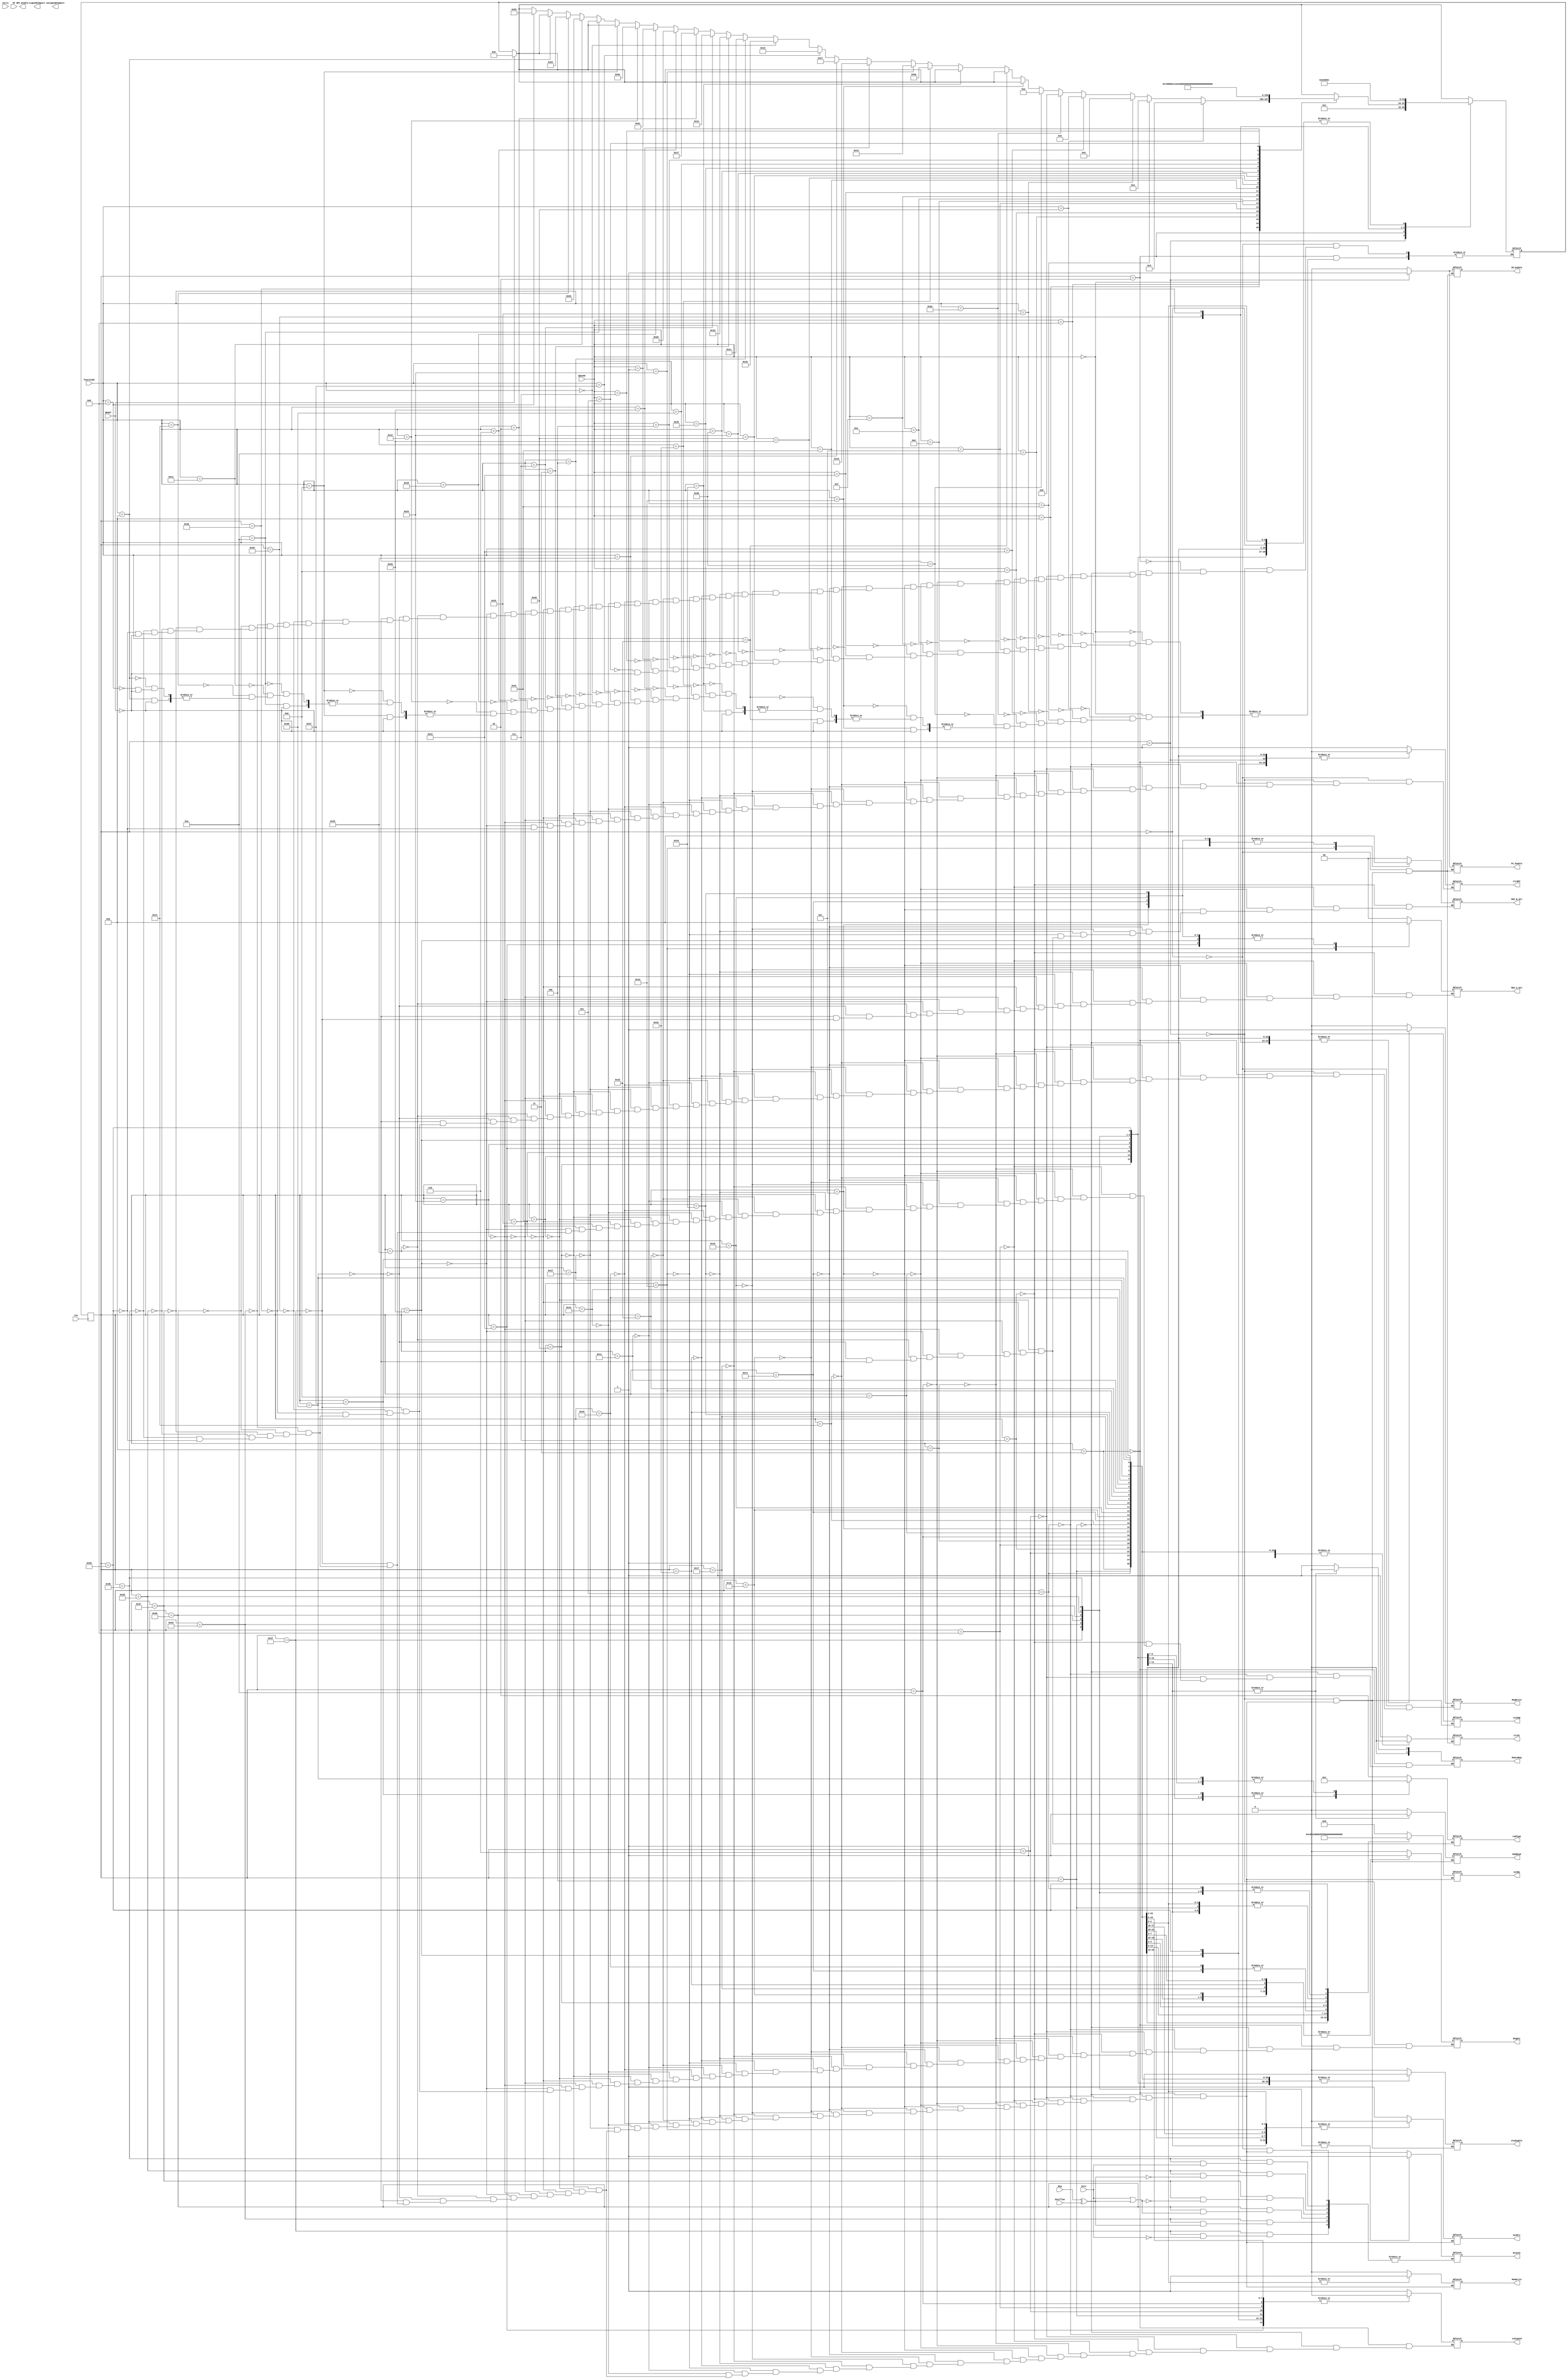
module controlUnit(
	// Control Signals
	// Enables 
	output reg IR_Enable, output reg PC_Enable, output reg NPC_Enable,
	// Clear Signals
	output reg  ClrPC, output reg ClrNPC,
	// Control Signals
	output reg Branch, output reg RegDst, output reg RegWrite, 
	output reg MemRead, output reg [1:0] MemtoReg, output reg [4:0] ALUOp,
	output reg MemWrite, output reg ALUSrc, 
	output reg [1:0] MUX_A_Sel, output reg [1:0] MUX_B_Sel, 
	output reg isSigned, output reg [2:0] signedCompare, output reg [2:0] unsignedCompare,
	output reg isJump, output reg [1:0] ramType,
	// Flags
	input Zero, input Neg, input Carry, input Overflow, //aadir select Hi y Lo

	//input
	input [5:0] OpCode, input [5:0] functCode, input RESET, input Clk, output reg AluEnable, input [4:0] RT 
	);
	
	reg [7:0] nextState, state;
	
	always @(posedge Clk) begin
		
		// if(RESET) begin
		// $display("state = RESET");
		// 	nextState = 8'b00000000; 
		// 	end
		//$display("PosEdge Clk changed \n");
		//$display ("Clk: %d   state: %d   nextState: %d", Clk, state, nextState);
		state = nextState; 
			
	end

	
	always @ (state, RESET) // based on state, generate signals
		begin
		// $display ("Clk: %d   state: %d   nextState: %d reset: %d", Clk, state, nextState, RESET);
		// $display("OpCode: %b   functCode: %b", OpCode, functCode);	
			if(RESET) begin
			//$display("state = RESET");
			nextState = 8'b00000000; 
			end
			//$display("Entered state selection");
			//$display("Opcode: %b 		Function code: %b        state = %b", OpCode, functCode,state);
			case (state)
				8'd0: begin // RESET state
				 $display("Entered RESET state \n");
				 	Branch = 0;
					RegWrite = 0;
					ClrNPC = 1;
					ClrPC = 1;
					IR_Enable = 0;
					PC_Enable = 0; // si NPC cambia a 0, PC se deberia prender
					 nextState = 8'd1;
					
					
				end
				8'd1: begin // FETCH state
				$display("\nEntered FETCH state");
				//$display("OpCode: %b   functCode: %b", OpCode, functCode);	
					//Branch = 0;
					AluEnable = 0;
					RegWrite = 0;
					MemRead = 0;
					RegDst = 0;
					ClrNPC = 0;
					ClrPC = 0;
					
					IR_Enable = 1;
					PC_Enable = 1; 
					isJump = 0;
					//ClrPC = 0;
					//Branch = 0;
					nextState = 8'd2; 
				end
				8'd2: begin // decode state
				//$display("Entered DECODE state");
					//IR_Enable = 1;
					//$display("OpCode inside DECODE: %b", OpCode);
					case (OpCode)
			6'b000000: begin // arithmetical or special 
					if (functCode == 6'b100000) begin //add
						nextState <= 8'd3;
					end
					else if(functCode == 6'b100001) begin // addu
						nextState <= 8'd4;
					end
					else if (functCode == 6'b100010) begin // sub
						nextState <= 8'd5;
					end
					else if (functCode ==  6'b100011) begin // subu
						nextState <= 8'd6;
					end
					else if (functCode ==  6'b101010) begin // SLT
						nextState <= 8'd9;
					end
					else if (functCode == 6'b101011) begin // SLTU
						nextState <= 8'd10;
					end
					else if (functCode == 6'b011010) begin // div
					
					end
					else if (functCode == 6'b011011) begin // divu
					
					end
					else if (functCode == 6'b011000) begin // mult
					
					end
					else if (functCode == 6'b011001) begin // multu
						nextState <= 8'd80; // test 2
					
					end
					else if (functCode == 6'b100100) begin // and
						nextState <= 8'd19;
					end
					else if (functCode == 6'b100101) begin // or
						nextState <= 8'd21;
					end
					else if (functCode == 6'b100110) begin // xor
						nextState <= 8'd23;
					end
					else if (functCode == 6'b100111) begin // nor
						nextState <= 8'd25;
					end
					else if (functCode == 6'b000000) begin // sll
						nextState <= 8'd27;
					end
					else if (functCode == 6'b000100) begin // sllv
						nextState <= 8'd28;
					end
					else if (functCode == 6'b000011) begin // sra
						nextState <= 8'd29;
					end
					else if (functCode == 6'b000111) begin // srav
						nextState <= 8'd30;
					end
					else if ( functCode == 6'b000010) begin // srl
						nextState <= 8'd31;
					end
					else if ( functCode == 6'b000110) begin // srlv
						nextState <= 8'd32;
					end
					else if (functCode == 6'b010000) begin // MFhi
						nextState <= 8'd81; // test 2
					end
					else if (functCode == 6'b010010) begin // mflo
						nextState <= 8'd82; //test 2
					end
					else if (functCode == 6'b001011) begin // movn
					
					end
					else if (functCode == 6'b001010) begin // movz
					
					end
					else if (functCode == 6'b010001) begin // mthi
						nextState <= 8'd83; //mthi
					end
					else if (functCode == 6'b010011) begin // mtlo
						nextState <= 8'd84; //test 2
					end
					else if (functCode == 6'b001001) begin // jalr
					
					end
					else if (functCode == 6'b001000) begin // jr
						nextState <= 8'd85; //test2
					end
					
				end
			6'b001000: begin //addi
				//$display("Defined Next State: 7 ADDI");
				nextState <= 8'd7;
			end
			6'b001001: begin //addiu
				nextState <= 8'd8;
			end
			6'b001010: begin //slti
				nextState <= 8'd11;
			end
			6'b001011: begin //sltiu
				nextState <= 8'd12;
			end
			6'b011100: begin //CLO or CLZ
				
					if (functCode == 6'b100000) begin //CLZ
					end
					else if (functCode == 6'b100001) begin //CLO
					end
					else $display ("Illegal operation detected.");
				
			end
			6'b001100: begin //andi
				nextState <= 8'd20;
			end
			6'b001101: begin //ori
				nextState <= 8'd22;
			end
			6'b001110: begin //xori
				nextState <= 8'd24;
			end
			6'b001111: begin //lui
				nextState <= 8'd26;
			end
			6'b100011: begin //LW
				nextState <= 8'd33;
			end
			6'b100001: begin //LH
				nextState <= 8'd34;
			end
			6'b100101: begin //LHU
				nextState <= 8'd35;
			end
			6'b100000: begin //LB
				nextState <= 8'd36;
			end
			6'b100100: begin //LBU
				nextState <= 8'd37;
			end
			6'b101011: begin //SW
				nextState <= 8'd38;
			end
			6'b101001: begin //SH
				nextState <= 8'd39;
			end
			6'b101000: begin //SB
				nextState <= 8'd40;
			end
			6'b000100: begin // BEQ
				nextState <= 8'd47;
				//$display("BEQ State");
			end
			6'b000001: begin // BAL
				nextState <= 8'd48;
			end
			6'b000001: begin // BGEZ or BGEZAL or BLTZ or BLTZAL
				if(RT == 5'b00001) begin
					nextState <= 8'd51; //BGEZ
				end
				else if (RT == 5'b10001) begin
					nextState <= 8'd57; // BGEZAL
				end
				else if (RT == 5'b00000) begin // BLTZ
					nextState <= 8'd56;
				end
				else if (RT == 5'b10000) begin // BLTZAL
					nextState <= 8'd58;
				end
				else begin
					$display("Illegal operation selected: Bye");
					nextState <= 8'd0;
				end
			end
			6'b000111: begin //BGTZ
				nextState <= 8'd54;
				//$display("BGTZ state");
			end
			6'b000100: begin //BLEZ 
				nextState <= 8'd55;
			end
			6'b000101: begin // BNE
				nextState <= 8'd59;
			end
	endcase	
				end
				8'd3: begin // add state
				$display ("ADD State");
					Branch = 0;
					RegDst = 1;
					RegWrite = 1;
					ClrNPC = 0;
					MemRead = 0;
					MemtoReg = 2'd1;
					ALUOp = 5'd0;
					MemWrite = 0;
					ALUSrc = 1;
				//	MUX_A_Sel = 2'd1;
					IR_Enable = 0;
					isSigned = 1;
					AluEnable =  1;
					PC_Enable = 0; 
					isJump = 0;
					ClrPC = 0;

					if(Overflow) begin
						$display ("Overflow detected: It's a TRAP!");

					end
					
					nextState = 8'd1; 
								
				end
				8'd4: begin // addu state
				$display ("ADDU State");
					Branch = 0;
					RegDst = 1;
					RegWrite = 1;
					ClrNPC = 0;
					MemRead = 0;
					MemtoReg = 2'd1;
					ALUOp = 5'd1;
					MemWrite = 0;
					ALUSrc = 1;
				//	MUX_A_Sel = 2'd1;
					IR_Enable = 0;
					isSigned = 0;
					AluEnable =  1;
					PC_Enable = 0; 
					isJump = 0;
					ClrPC = 0;
					
					nextState = 8'd1; 
								
				end
				8'd5: begin // sub state
					Branch = 0;
					RegDst = 1;
					RegWrite = 1;
					ClrNPC = 0;
					MemRead = 0;
					MemtoReg = 2'd1;
					ALUOp = 5'd2;
					MemWrite = 0;
					ALUSrc = 1;
				//	MUX_A_Sel = 2'd1;
					IR_Enable = 0;
					isSigned = 1;
					AluEnable =  1;
					PC_Enable = 0; 
					isJump = 0;
					ClrPC = 0;
					
					nextState = 8'd1; 
								
				end
				8'd6: begin // subu state
					Branch = 0;
					RegDst = 1;
					RegWrite = 1;
					ClrNPC = 0;
					MemRead = 0;
					MemtoReg = 2'd1;
					ALUOp = 5'd3;
					MemWrite = 0;
					ALUSrc = 1;
				//	MUX_A_Sel = 2'd1;
					IR_Enable = 0;
					isSigned = 0;
					AluEnable =  1;
					PC_Enable = 0; 
					isJump = 0;
					ClrPC = 0;
					
					nextState = 8'd1; 
								
				end
				8'd7: begin // addi state
				 	$display ("ADDI State");
					Branch = 0;
					RegDst = 0;
					RegWrite = 1;
					ClrNPC = 0;
					MemRead = 0;
					MemtoReg = 2'd1;
					ALUOp = 5'd4;
					MemWrite = 0;
					ALUSrc = 0;
					MUX_A_Sel = 2'd0;
					MUX_B_Sel = 2'd0;
					IR_Enable = 0;
					isSigned = 1;
					
					AluEnable = #1 1;
					
					PC_Enable = 0; 
					isJump = 0;
					ClrPC = 0;
					//$display("Branch = %d  RegDst = %d   RegWrite = %d ClrNPC = %d", Branch, RegDst, RegWrite, ClrNPC);
					//$display("MemRead = %d MemtoReg = %d   ALUOp = %d   MemWrite = %d", MemRead, MemtoReg, ALUOp, MemWrite);
					//$display("ALUSrc = %d  MUX_A_Sel = %d   IR_Enable = %d  isSigned = %d", ALUSrc, MUX_A_Sel, IR_Enable, isSigned);
					//$display("PC_Enable = %d  isJump = %d   ClrPC = %d", PC_Enable, isJump, ClrPC);
					nextState = 8'd1; 
					$display("nextState = %d", nextState);
								
				end
				8'd8: begin // addiu state
					$display("ADDIU State");
					Branch = 0;
					RegDst = 0;
					
					ClrNPC = 0;
					MemRead = 0;
					MemtoReg = 2'd1;
					ALUOp = 5'd5;
					MemWrite = 0;
					ALUSrc = 0;
					MUX_A_Sel = 2'd0;
					MUX_B_Sel = 2'd1;
					IR_Enable = 0;
					isSigned = 0;
					AluEnable = #1 1;
					PC_Enable = 0; 
					isJump = 0;
					ClrPC = 0;
					RegWrite = 1;
					nextState = 8'd1; 
								
				end
				8'd9: begin // slt state
					Branch = 0;
					RegDst = 1;
					RegWrite = 1;
					ClrNPC = 0;
					MemRead = 0;
					MemtoReg = 2'd1;
					ALUOp = 5'd6;
					MemWrite = 0;
					ALUSrc = 1;
					//MUX_A_Sel = 2'd1; Dont cares
					//MUX_B_Sel = 2'd1; Dont cares
					IR_Enable = 0;
					isSigned = 1;
					AluEnable =  1;
					PC_Enable = 0; 
					isJump = 0;
					ClrPC = 0;
					
					nextState = 8'd1; 
								
				end
				8'd10: begin // sltu state
					Branch = 0;
					RegDst = 1;
					RegWrite = 1;
					ClrNPC = 0;
					MemRead = 0;
					MemtoReg = 2'd1;
					ALUOp = 5'd7; // hay q aadir aluop de esto al ALU 
					MemWrite = 0;
					ALUSrc = 1;
					//MUX_A_Sel = 2'd1; Dont cares
					//MUX_B_Sel = 2'd1; Dont cares
					IR_Enable = 0;
					isSigned = 0;
					AluEnable =  1;
					PC_Enable = 0; 
					isJump = 0;
					ClrPC = 0;
					
					nextState = 8'd1; 
								
				end
				8'd11: begin // slti state
					Branch = 0;
					RegDst = 1;
					RegWrite = 1;
					ClrNPC = 0;
					MemRead = 0;
					MemtoReg = 2'd1;
					ALUOp = 5'd8; // hay q aadir aluop de esto al ALU 
					MemWrite = 0;
					ALUSrc = 0;
					MUX_A_Sel = 2'd0; 
					MUX_B_Sel = 2'd0; 
					IR_Enable = 0;
					isSigned = 1;
					AluEnable = #1 1;
					PC_Enable = 0; 
					isJump = 0;
					ClrPC = 0;
					
					nextState = 8'd1; 
								
				end
				8'd12: begin // sltiu state
					Branch = 0;
					RegDst = 1;
					RegWrite = 1;
					ClrNPC = 0;
					MemRead = 0;
					MemtoReg = 2'd1;
					ALUOp = 5'd9; // hay q aadir aluop de esto al ALU 
					MemWrite = 0;
					ALUSrc = 0;
					MUX_A_Sel = 2'd1; 
					MUX_B_Sel = 2'd1; 
					IR_Enable = 0;
					isSigned = 0;
					AluEnable = #1 1;
					PC_Enable = 0; 
					isJump = 0;
					ClrPC = 0;
					
					nextState = 8'd1; 
								
				end

				8'd19: begin // and state
				 $display("Entered AND state");
					Branch = 0;
					RegDst = 1;
					RegWrite = 1;
					ClrNPC = 0;
					MemRead = 0;
					MemtoReg = 2'd1;
					ALUOp = 5'd12;
					MemWrite = 0;
					ALUSrc = 1;
				
					IR_Enable = 0;
					isSigned = 0;
					AluEnable =  1;
					PC_Enable = 0; 
					isJump = 0;
					ClrPC = 0;
					//$display("Branch = %d  RegDst = %d   RegWrite = %d ClrNPC = %d", Branch, RegDst, RegWrite, ClrNPC);
					//$display("MemRead = %d MemtoReg = %d   ALUOp = %d   MemWrite = %d", MemRead, MemtoReg, ALUOp, MemWrite);
					//$display("ALUSrc = %d    IR_Enable = %d  isSigned = %d", ALUSrc,IR_Enable, isSigned);
					//$display("PC_Enable = %d  isJump = %d   ClrPC = %d", PC_Enable, isJump, ClrPC);
					nextState = 8'd1; 
					$display("nextState = %d", nextState);
				end
				8'd20: begin // andi state
					Branch = 0;
					RegDst = 0;
					RegWrite = 1;
					ClrNPC = 0;
					MemRead = 0;
					MemtoReg = 2'd1;
					ALUOp = 5'd13;
					MemWrite = 0;
					ALUSrc = 1;
					MUX_A_Sel = 2'd1; 
					MUX_B_Sel = 2'd1;
					IR_Enable = 0;
					isSigned = 0;
					AluEnable = #1  1;
					PC_Enable = 0; 
					isJump = 0;
					ClrPC = 0;
					
					nextState = 8'd1;
				end
				8'd21: begin // or state
				 #1 $display("Entered OR state");
					Branch = 0;
					RegDst = 1;
					RegWrite = 1;
					ClrNPC = 0;
					MemRead = 0;
					MemtoReg = 2'd1;
					ALUOp = 5'd14;
					MemWrite = 0;
					ALUSrc = 1;
				    //AluEnable =  1;
					IR_Enable = 0;
					isSigned = 0;
					AluEnable =  1;
					PC_Enable = 0; 
					isJump = 0;
					ClrPC = 0;
					// $display("Branch = %d  RegDst = %d   RegWrite = %d ClrNPC = %d", Branch, RegDst, RegWrite, ClrNPC);
					// $display("MemRead = %d MemtoReg = %d   ALUOp = %d   MemWrite = %d", MemRead, MemtoReg, ALUOp, MemWrite);
					// $display("ALUSrc = %d    IR_Enable = %d  isSigned = %d", ALUSrc,IR_Enable, isSigned);
					// $display("PC_Enable = %d  isJump = %d   ClrPC = %d", PC_Enable, isJump, ClrPC);
					nextState = 8'd1; 
					$display("nextState = %d", nextState);
				end
				8'd22: begin // ori state
					Branch = 0;
					RegDst = 0;
					RegWrite = 1;
					ClrNPC = 0;
					MemRead = 0;
					MemtoReg = 2'd1;
					ALUOp = 5'd15;
					MemWrite = 0;
					ALUSrc = 1;
					MUX_A_Sel = 2'd1; 
					MUX_B_Sel = 2'd1;
					IR_Enable = 0;
					isSigned = 0;
					AluEnable = #1 1;
					PC_Enable = 0; 
					isJump = 0;
					ClrPC = 0;
					
					nextState = 8'd1;
				end
				8'd23: begin // xor state
					Branch = 0;
					RegDst = 1;
					RegWrite = 1;
					ClrNPC = 0;
					MemRead = 0;
					MemtoReg = 2'd1;
					ALUOp = 5'd16;
					MemWrite = 0;
					ALUSrc = 1;
				
					IR_Enable = 0;
					isSigned = 0;
					AluEnable =  1;
					PC_Enable = 0; 
					isJump = 0;
					ClrPC = 0;
					
					nextState = 8'd1;
				end
				8'd24: begin // xori state
					Branch = 0;
					RegDst = 0;
					RegWrite = 1;
					ClrNPC = 0;
					MemRead = 0;
					MemtoReg = 2'd1;
					ALUOp = 5'd17;
					MemWrite = 0;
					ALUSrc = 1;
					MUX_A_Sel = 2'd1; 
					MUX_B_Sel = 2'd1;
					IR_Enable = 0;
					isSigned = 0;
					AluEnable = #1  1;
					PC_Enable = 0; 
					isJump = 0;
					ClrPC = 0;
					
					nextState = 8'd1;
				end
				8'd25: begin // nor state
					Branch = 0;
					RegDst = 1;
					RegWrite = 1;
					ClrNPC = 0;
					MemRead = 0;
					MemtoReg = 2'd1;
					ALUOp = 5'd18;
					MemWrite = 0;
					ALUSrc = 1;
				
					IR_Enable = 0;
					isSigned = 0;
					AluEnable =  1;
					PC_Enable = 0; 
					isJump = 0;
					ClrPC = 0;
					
					nextState = 8'd1;
				end
				8'd26: begin // lui state
					Branch = 0;
					RegDst = 0;
					RegWrite = 1;
					ClrNPC = 0;
					MemRead = 0;
					MemtoReg = 2'd1;
					ALUOp = 5'd19;
					MemWrite = 0;
					ALUSrc = 0;
					MUX_A_Sel = 2'd2; 
					MUX_B_Sel = 2'd2;
					IR_Enable = 0;
					isSigned = 1;
					AluEnable =  #1 1;
					PC_Enable = 0; 
					isJump = 0;
					ClrPC = 0;
					
					nextState = 8'd1;
				end
				8'd27: begin // sll state
					$display("SLL State");
					Branch = 0;
					RegDst = 1;
					RegWrite = 1;
					ClrNPC = 0;
					MemRead = 0;
					MemtoReg = 2'd1;
					ALUOp = 5'd20;
					MemWrite <= 0;
					ALUSrc = 1;
				
					IR_Enable = 0;
					//isSigned = 0; don't care, I think
					AluEnable =  1;
					PC_Enable = 0; 
					isJump = 0;
					ClrPC = 0;
					
					nextState = 8'd1;
				end
				8'd28: begin // sllv state
					Branch = 0;
					RegDst = 1;
					RegWrite = 1;
					ClrNPC = 0;
					MemRead = 0;
					MemtoReg = 2'd1;
					ALUOp = 5'd21;
					MemWrite = 0;
					ALUSrc = 1;
				
					IR_Enable = 0;
					isSigned = 1; 
					AluEnable =  1;
					PC_Enable = 0; 
					isJump = 0;
					ClrPC = 0;
					
					nextState = 8'd1;
				end
				8'd29: begin // sra state
					Branch = 0;
					RegDst = 1;
					RegWrite = 1;
					ClrNPC = 0;
					MemRead = 0;
					MemtoReg = 2'd1;
					ALUOp = 5'd13;
					MemWrite = 0;
					ALUSrc = 1;
				
					IR_Enable = 0;
					//isSigned = 1; 
					AluEnable =  1;
					PC_Enable = 0; 
					isJump = 0;
					ClrPC = 0;
					
					nextState = 8'd1;
				end
				8'd30: begin // srav state
					Branch = 0;
					RegDst = 1;
					RegWrite = 1;
					ClrNPC = 0;
					MemRead = 0;
					MemtoReg = 2'd1;
					ALUOp = 5'd22;
					MemWrite = 0;
					ALUSrc = 1;
				
					IR_Enable = 0;
					isSigned = 1; 
					AluEnable =  1;
					PC_Enable = 0; 
					isJump = 0;
					ClrPC = 0;
					
					nextState = 8'd1;
				end
				8'd31: begin // srl state
					Branch = 0;
					RegDst = 1;
					RegWrite = 1;
					ClrNPC = 0;
					MemRead = 0;
					MemtoReg = 2'd1;
					ALUOp = 5'd24;
					MemWrite = 0;
					ALUSrc = 1;
				
					IR_Enable = 0;
					//isSigned = 1; 
					AluEnable =  1;
					PC_Enable = 0; 
					isJump = 0;
					ClrPC = 0;
					
					nextState = 8'd1;
				end
				8'd32: begin // srlv state
					Branch = 0;
					RegDst = 1;
					RegWrite = 1;
					ClrNPC = 0;
					MemRead = 0;
					MemtoReg = 2'd1;
					ALUOp = 5'd25;
					MemWrite = 0;
					ALUSrc = 1;
				
					IR_Enable = 0;
					isSigned = 1; 
					AluEnable =  1;
					PC_Enable = 0; 
					isJump = 0;
					ClrPC = 0;
					
					nextState = 8'd1;
				end
				8'd33: begin  // LW state
					Branch = 0;
					RegDst = 1;
					RegWrite = 1;
					ClrNPC = 0;
					MemRead = 1;
					MemtoReg = 2'd0;
					ALUOp = 5'd1;
					MemWrite = 0;
					ALUSrc = 0;
					MUX_A_Sel = 2'd0;
					MUX_B_Sel = 2'd0;
					IR_Enable = 0;
					isSigned = 1; 
					AluEnable = #1 1;
					PC_Enable = 0;
					isJump = 0;
					ClrPC = 0;
					ramType = 2'd2;
					nextState = 8'd1;
				end
				8'd34: begin  // LH state
					Branch = 0;
					RegDst = 1;
					RegWrite = 1;
					ClrNPC = 0;
					MemRead = 1;
					MemtoReg = 2'd0;
					ALUOp = 5'd1;
					MemWrite = 0;
					ALUSrc = 0;
					MUX_A_Sel = 2'd0;
					MUX_B_Sel = 2'd0;
					IR_Enable = 0;
					isSigned = 1; 
					AluEnable = #1 1;
					PC_Enable = 0;
					isJump = 0;
					ClrPC = 0;
					ramType = 2'd1;
					nextState = 8'd1;
				end
				8'd35: begin  // LHU state
					Branch = 0;
					RegDst = 1;
					RegWrite = 1;
					ClrNPC = 0;
					MemRead = 1;
					MemtoReg = 2'd0;
					ALUOp = 5'd1;
					MemWrite = 0;
					ALUSrc = 0;
					MUX_A_Sel = 2'd1;
					MUX_B_Sel = 2'd1;
					IR_Enable = 0;
					isSigned = 0; 
					AluEnable = #1 1;
					PC_Enable = 0;
					isJump = 0;
					ClrPC = 0;
					ramType = 2'd1;
					nextState = 8'd1;
				end
				8'd36: begin  // LB state
				$display ("LB State");
					Branch = 0;
					RegDst = 1;
					RegWrite = 1;
					ClrNPC = 0;
					MemRead = 1;
					MemtoReg = 2'd0;
					ALUOp = 5'd1;
					MemWrite = 0;
					ALUSrc = 0;
					MUX_A_Sel = 2'd0;
					MUX_B_Sel = 2'd0;
					IR_Enable = 0;
					isSigned = 1; 
					AluEnable = #1 1;
					PC_Enable = 0;
					isJump = 0;
					ClrPC = 0;
					ramType = 2'd0;
					nextState = 8'd1;
				end
				8'd37: begin  // LBU state
				$display ("LBU State");
				
					Branch <= 0;
					
					RegWrite <= 1;
					RegDst <= 1;
					MemRead <=  1;
					ClrNPC <= 0;
					
					
					ALUOp <=  5'd1;
					MemWrite <= 0;
					ALUSrc <= 0;
					MUX_A_Sel <= 2'd1;
					MUX_B_Sel <= 2'd1;
					IR_Enable <= 0;
					isSigned <= 0; 
					AluEnable <= 1;

					PC_Enable <= 0;
					isJump <= 0;
					ClrPC <= 0;
					ramType <= 2'd0;
					MemtoReg <= 2'd0;
					
					nextState =  8'd1;

				end
				8'd38: begin // SW state
					Branch = 0;
					//RegDst = don't care
					RegWrite = 0;
					MemRead = 0;
					//MemtoReg = don't care
					ALUOp = 5'd1;
					MemWrite = 1;
					ALUSrc = 0;
					MUX_A_Sel = 2'd0;
					MUX_B_Sel = 2'd0;
					IR_Enable = 0;
					isSigned = 1;
					AluEnable = #1 1;
					PC_Enable = 0;
					isJump = 0;
					ClrPC = 0;
					ramType = 2'd2;
					nextState = 8'd1;
				end
				8'd39: begin // SH state
					Branch = 0;
					//RegDst = don't care
					RegWrite = 0;
					MemRead = 0;
					//MemtoReg = don't care
					ALUOp = 5'd1;
					MemWrite = 1;
					ALUSrc = 0;
					MUX_A_Sel = 2'd0;
					MUX_B_Sel = 2'd0;
					IR_Enable = 0;
					isSigned = 1;
					AluEnable = #1 1;
					PC_Enable = 0;
					isJump = 0;
					ClrPC = 0;
					ramType = 2'd1;
					nextState = 8'd1;
				end
				8'd40: begin // SB state
					$display("SB State");
					Branch = 0;
					//RegDst = don't care
					RegWrite = 0;
					MemRead = 0;
					//MemtoReg = don't care
					ALUOp = 5'd1;
					
					ALUSrc = 0;
					MUX_A_Sel = 2'd0;
					MUX_B_Sel = 2'd0;
					IR_Enable = 0;
					isSigned = 1;
					AluEnable = #1 1;
					MemWrite =  1;
					PC_Enable = 0;
					isJump = 0;
					ClrPC = 0;
					ramType = 2'd0;
					nextState = 8'd1;
				end
				8'd47: begin // BEQ and B (special case of BEQ)
					$display("BEQ State");
					RegDst = 1;
					RegWrite = 0;
					MemRead = 0;
					MemtoReg = 2'd1;
					ALUOp = 5'd2;
					MemWrite = 0;
					ALUSrc = 1;
					IR_Enable = 0; 
					isSigned =1;
					MUX_A_Sel =0;
					AluEnable = 1;
					PC_Enable = 0;
					isJump = 0;
					ClrPC = 0;

					#1 
					if(Zero)begin
						//$display("Inside conditional Zero = %d", Zero);
						Branch = 1;
					end

					nextState = 8'd1;

				end
				8'd57: begin //BGEZAL
					RegDst = 1; // va a tratar escribir en r0, no va a funcionar
					RegWrite = 1; // si regDst funcionase, regwrite escribiria PC + 8 en reg file para luego ejecutar el branch.

					nextState = 8'd51; // ejecuta BGEZAL
				end
				8'd58: begin //BLTZAL
					RegDst = 1; // va a tratar escribir en r0, no va a funcionar
					RegWrite = 1; // si regDst funcionase, regwrite escribiria PC + 8 en reg file para luego ejecutar el branch.

					nextState = 8'd56; // ejecuta BLTZ
				end
				8'd51: begin // BGEZ
				$display("BGEZ");
					RegDst = 1;
					RegWrite = 0;
					MemRead = 0;
					MemtoReg = 2'd1;
					ALUOp = 5'd2;
					MemWrite = 0;
					ALUSrc = 1;
					IR_Enable = 0; 
					isSigned =1;
					AluEnable = #1 1;
					PC_Enable = 0;
					isJump = 0;
					ClrPC = 0;
					
					#1 //$display("Conditional Statement outside ");
					if(!(Neg ^ Overflow))begin
						Branch = 1;
						//$display("Conditional Statement inside: Branch jump should occur.");
					end
					nextState = 8'd1;

				end
				8'd54: begin // BGTZ
					$display("BGTZ State");
					RegDst = 1;
					RegWrite = 0;
					MemRead = 0;
					MemtoReg = 2'd1;

					ALUOp = 5'd2;
					MemWrite = 0;
					ALUSrc = 1;
					IR_Enable = 0; 
					isSigned =1;
					AluEnable = #1 1;
					PC_Enable = 0;
					isJump = 0;
					ClrPC = 0;
					#1 //$display("Conditional Sta`tement outside ");
					//$display("Zero: %d Neg: %d Overflow: %d", Zero, Neg, Overflow );
					if(~(Zero || (Neg ^ Overflow)))begin
						//$display("BGTZ Jump");
						Branch = 1;
						//$display("Conditional Statement inside: Branch jump should occur.");
					end
					nextState = 8'd1;

				end
				8'd55: begin // BLEZ
					$display("BLEZ");
					RegDst = 1;
					RegWrite = 0;
					MemRead = 0;
					MemtoReg = 2'd1;
					ALUOp = 5'd2;
					MemWrite = 0;
					ALUSrc = 1;
					IR_Enable = 0; 
					isSigned =1;
					AluEnable = #1 1;
					PC_Enable = 0;
					isJump = 0;
					ClrPC = 0;
					
					#1 //$display("Conditional Statement outside ");
					if(Zero || (Neg ^ Overflow)) begin
						Branch = 1;
						//$display("Conditional Statement inside: Branch jump should occur.");
					end
					nextState = 8'd1;

				end
				8'd56: begin // BLTZ
					$display("BLTZ");
					RegDst = 1;
					RegWrite = 0;
					MemRead = 0;
					MemtoReg = 2'd1;
					ALUOp = 5'd2;
					MemWrite = 0;
					ALUSrc = 1;
					IR_Enable = 0; 
					isSigned =1;
					AluEnable = #1 1;
					PC_Enable = 0;
					isJump = 0;
					ClrPC = 0;
					
					#1// $display("Conditional Statement outside ");
					if(Neg ^ Overflow)begin
						Branch = 1;
						//$display("Conditional Statement inside: Branch jump should occur.");
					end
					nextState = 8'd1;

				end
				8'd59: begin // BNE
					$display("BNE");
					RegDst = 1;
					RegWrite = 0;
					MemRead = 0;
					MemtoReg = 2'd1;
					ALUOp = 5'd2;
					MemWrite = 0;
					ALUSrc = 1;
					IR_Enable = 0; 
					isSigned =1;
					AluEnable = #1 1;
					PC_Enable = 0;
					isJump = 0;
					ClrPC = 0;
					
					#1 //$display("Conditional Statement outside ");
					if(!Zero)begin
						Branch = 1;
						//$display("Conditional Statement inside: Branch jump should occur.");
					end
					nextState = 8'd1;

				end
				8'd80: begin //multu
					Branch = 0;
					RegDst = 1;
					RegWrite = 0;
					ClrNPC = 0;
					MemRead = 0;
					MemtoReg = 2'd1;
					ALUOp = 5'd26; //no esta implementada, ira a default. y no hara nada
					MemWrite = 0;
					ALUSrc = 1;
				//	MUX_A_Sel = 2'd1;
					IR_Enable = 0;
					isSigned = 0;
					AluEnable =  1;
					PC_Enable = 0; 
					isJump = 0;
					ClrPC = 0;
					
					nextState = 8'd1;
					
				end
				8'd81: begin // mfhi
					
				end
				8'd82: begin // mflo
					
				end
				8'd83: begin // mthi
					
				end
				8'd84: begin //mtlo
					
				end
				8'd85: begin // jr
					
				end
			endcase
		end
endmodule